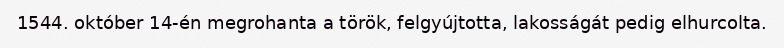
1544. október 14-én megrohanta a török, felgyújtotta, lakosságát pedig elhurcolta.